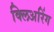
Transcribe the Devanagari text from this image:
क्लिअरिंग